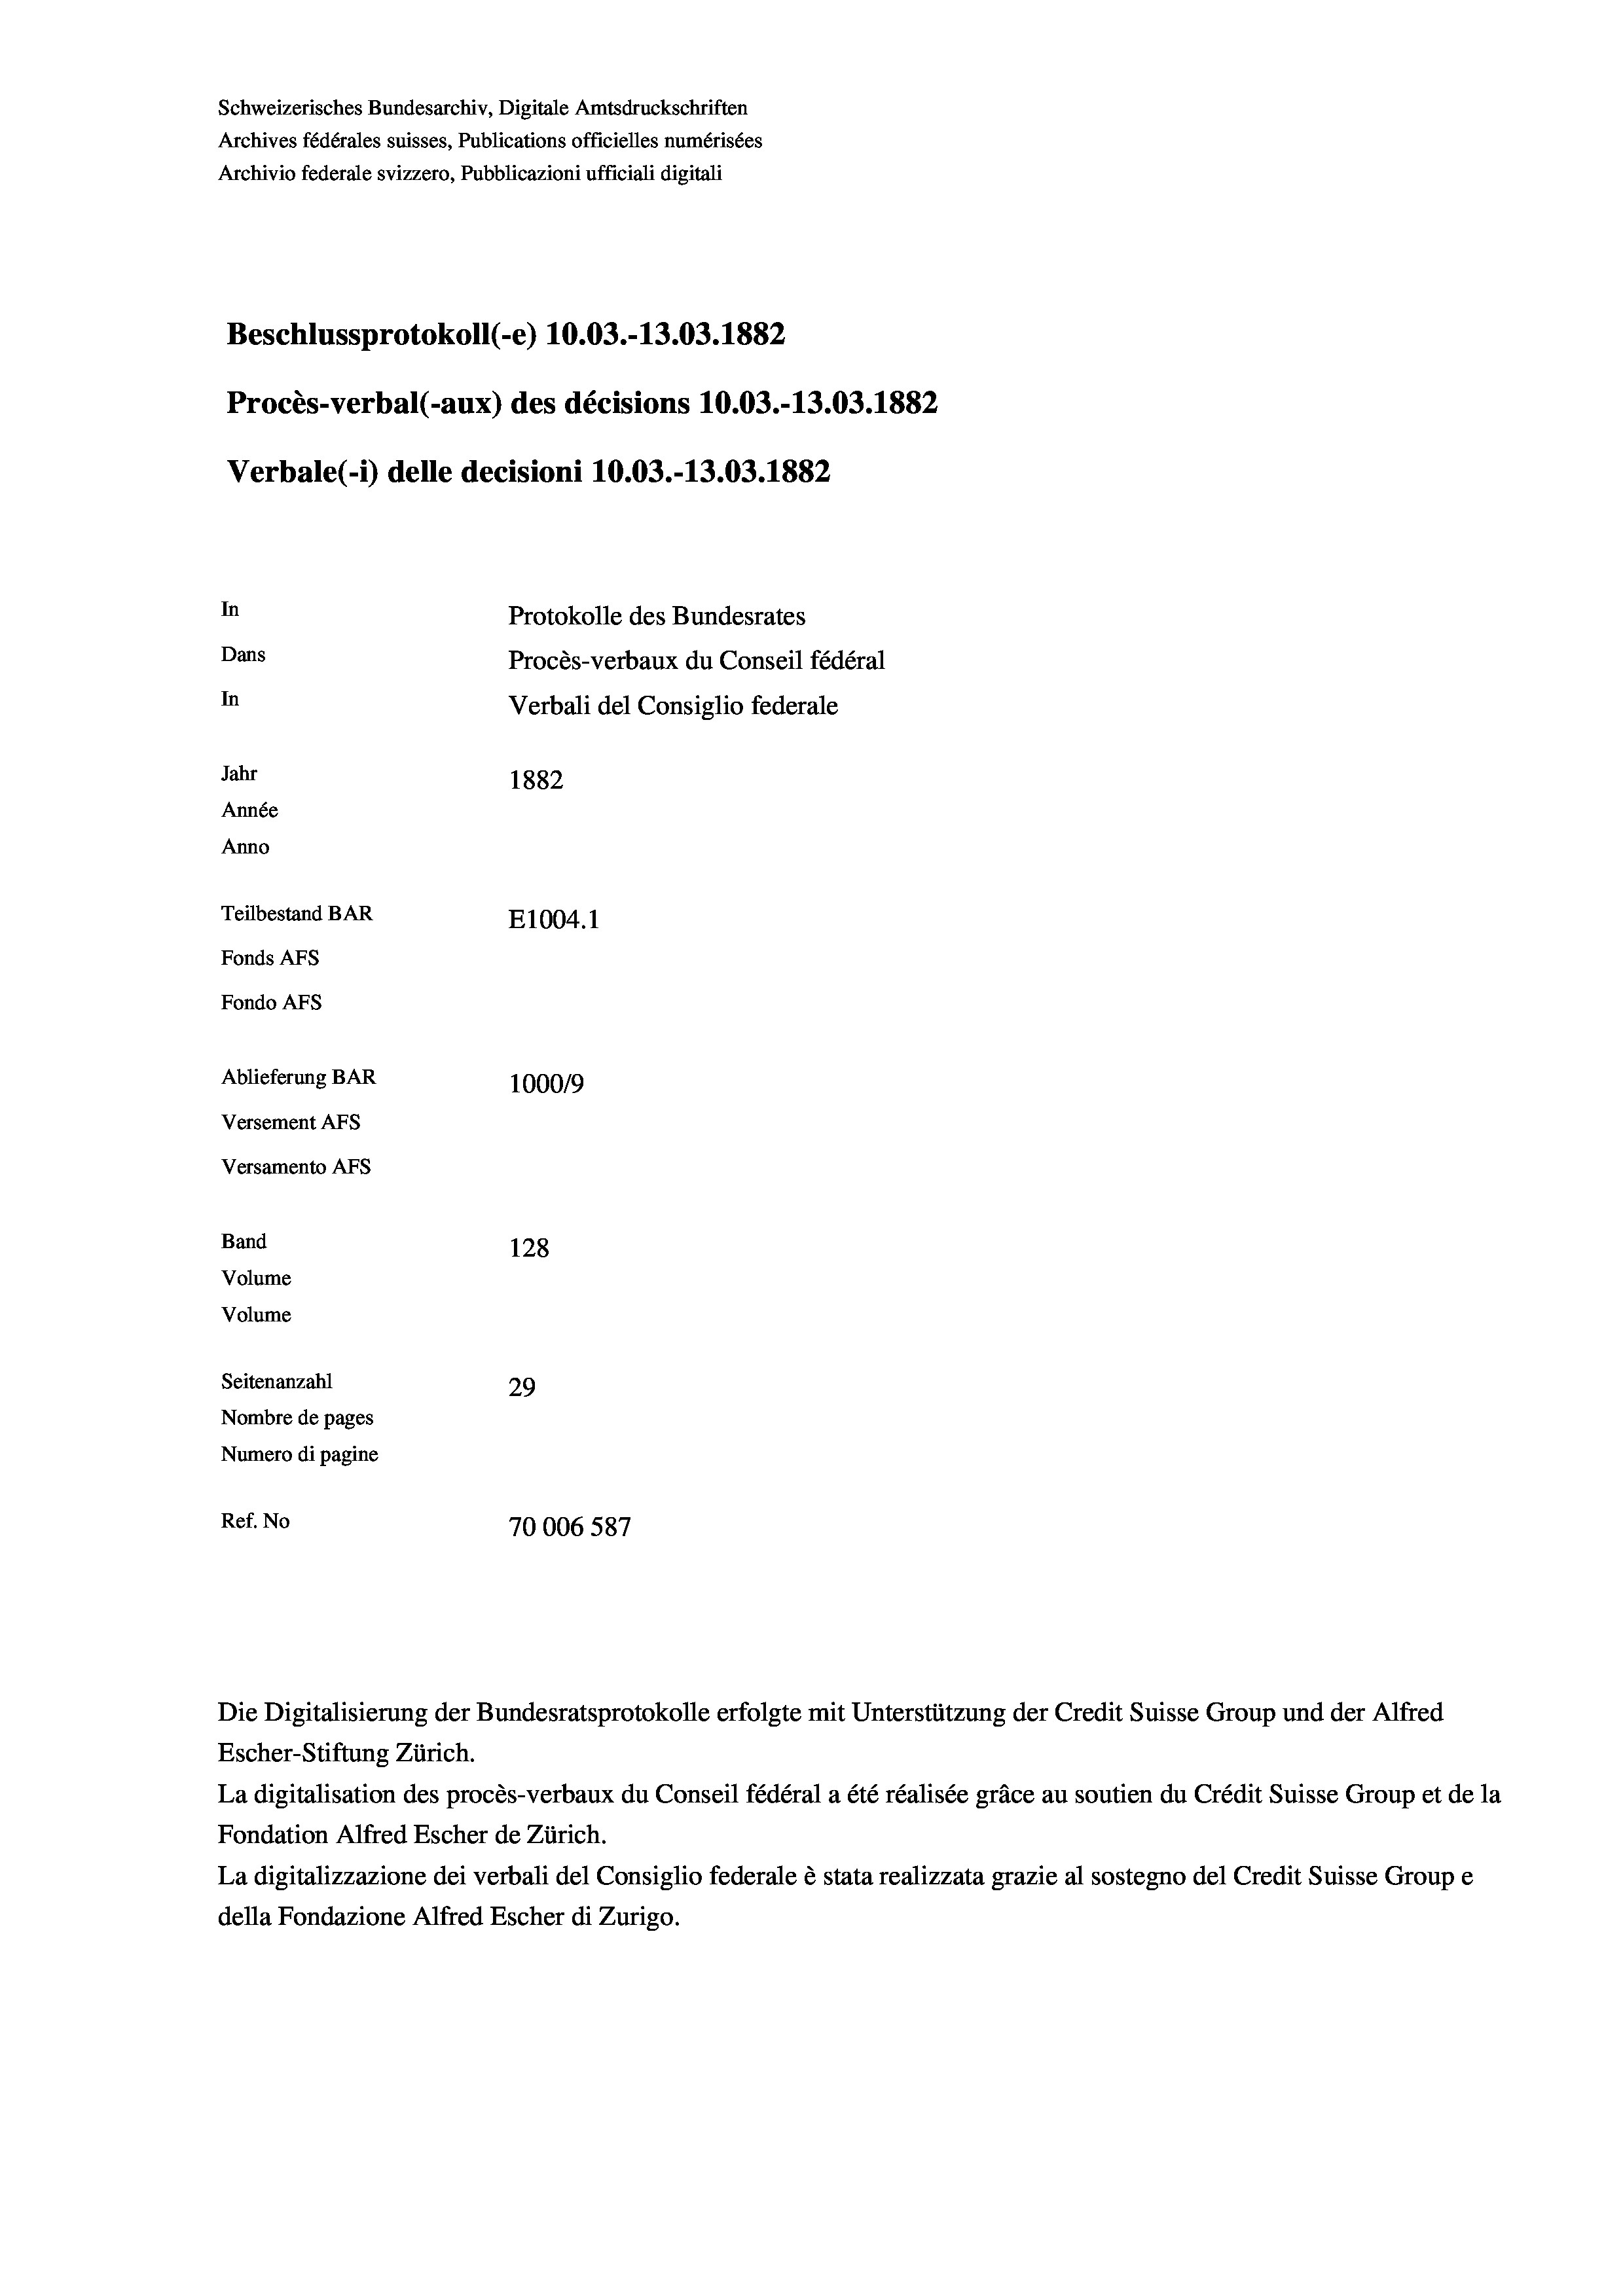
Schweizerisches Bundesarchiv, Digitale Amtsdruckschriften
Archives fédérales suisses, Publications officielles numérisées
Archivio federale svizzero, Pubblicazioni ufficiali digitali
Beschlussprotokoll (-e) 10.03.-13.03. 1882
Procès-verbal (-aux) des décisions 10.03.-13.03. 1882
Verbale (1) delle decisioni 10.03.-13.03. 1882
In
Protokolle des Bundesrates
Dans
Procès-verbaux du Conseil fédéral
In
Verbali del Consiglio federale
Jahr
1882
Année
Anno
Teilbestand BAR
E1004. 1
Fonds AFs
Fondo Afs
Ablieferung BAR
100019
Versement AFs
Versamento AFS
Band
128
Volume
Volume
Seitenanzahl
29
Nombre de pages
Numero di pagine
Ref. No
70006587

Die Digitalisierung der Bundesratsprotokolle erfolgte mit Unterstützung der Credit Suisse Group und der Alfred
Escher-Stiftung Zürich.
La digitalisation des procès-verbaux du Conseil fédéral a été réalisée gräce au soutien du Crédit Suisse Group et de la
Fondation Alfred Escher de Zürich.
La digitalizzazione dei verbali del Consiglio federale è stata realizzata grazie al sostegno del Credit Suisse Groupe
della Fondazione Alfred Escher di Zurigo.